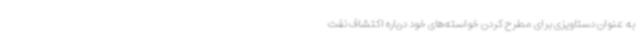
به عنوان دستاویزی برای مطرح کردن خواسته‌های خود درباره اکتشاف نفت